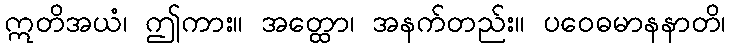
ဣတိအယံ၊ ဤကား။ အတ္ထော၊ အနက်တည်း။ ပဝေဓမာနနာတိ၊